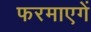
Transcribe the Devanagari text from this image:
फरमाएगें